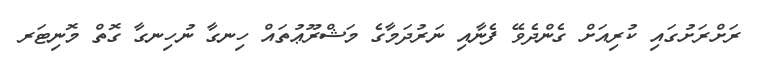
ރަށްރަށުގައި ކުރިއަށް ގެންދެވޭ ފެނާއި ނަރުދަމާގެ މަޝްރޫޢުތައް ހިނގާ ނުހިނގާ ގޮތް މޮނިޓަރ